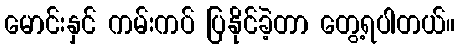
မောင်းနှင် ကမ်းကပ် ပြနိုင်ခဲ့တာ တွေ့ရပါတယ်။